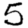
Digit: 5